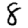
Digit: 8